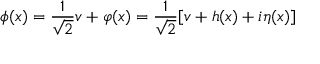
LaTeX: \phi ( x ) = { \frac { 1 } { \sqrt 2 } } v + \varphi ( x ) = { \frac { 1 } { \sqrt 2 } } [ v + h ( x ) + i \eta ( x ) ]